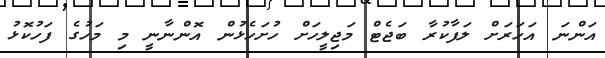
އަންނަ އަހަރަށް ލަފާކުރާ ބަޖެޓް މަޖިލީހަށް ހުށަހެޅުން އޮންނާނީ މި މަހުގެ ފަހުކޮޅު